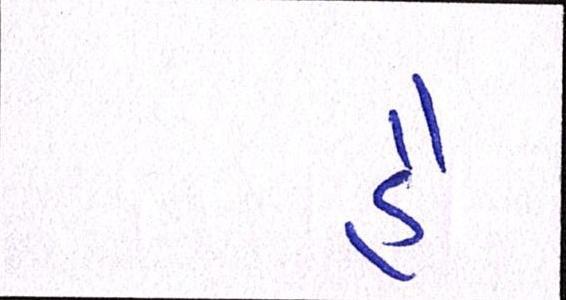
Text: હૈં